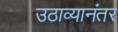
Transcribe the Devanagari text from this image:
उठाव्यानंतर